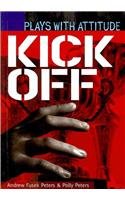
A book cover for Kick Off (Plays with Attitude); Andrew Fusek Peters; Teen & Young Adult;